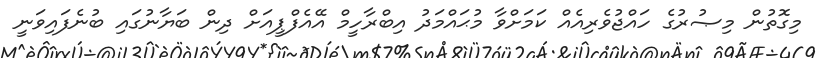
މިގޮތުން މިޞުރުގެ ހައްޖުވެރިއެއް ކަމަށްވާ މުޙައްމަދު އިބްރާހީމް އޭއެފްޕީއަށް ދިން ބަޔާނުގައި ބުނެފައިވަނީ